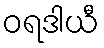
ဝရဒါယီ